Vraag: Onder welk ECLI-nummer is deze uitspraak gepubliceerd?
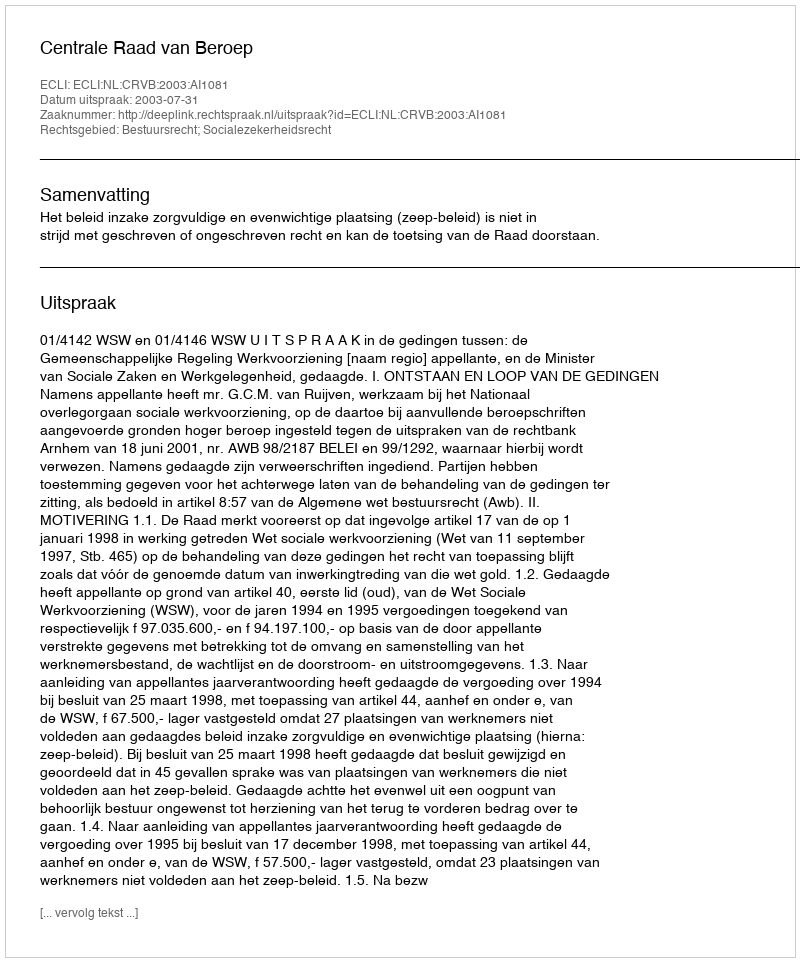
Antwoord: ECLI:NL:CRVB:2003:AI1081